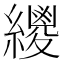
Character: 𦆛